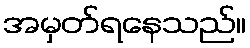
အမှတ်ရနေသည်။